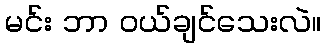
မင်း ဘာ ဝယ်ချင်သေးလဲ။